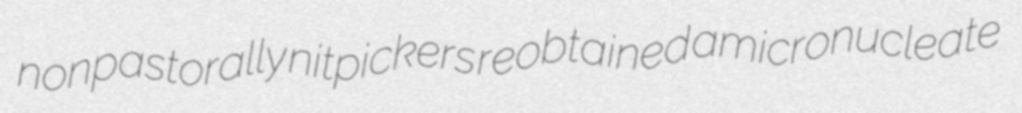
nonpastorally nitpickers reobtained amicronucleate